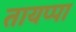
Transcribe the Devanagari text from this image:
तायप्पा